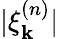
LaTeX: |\xi_{\textbf{k}}^{(n)}|